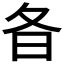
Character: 𣅈